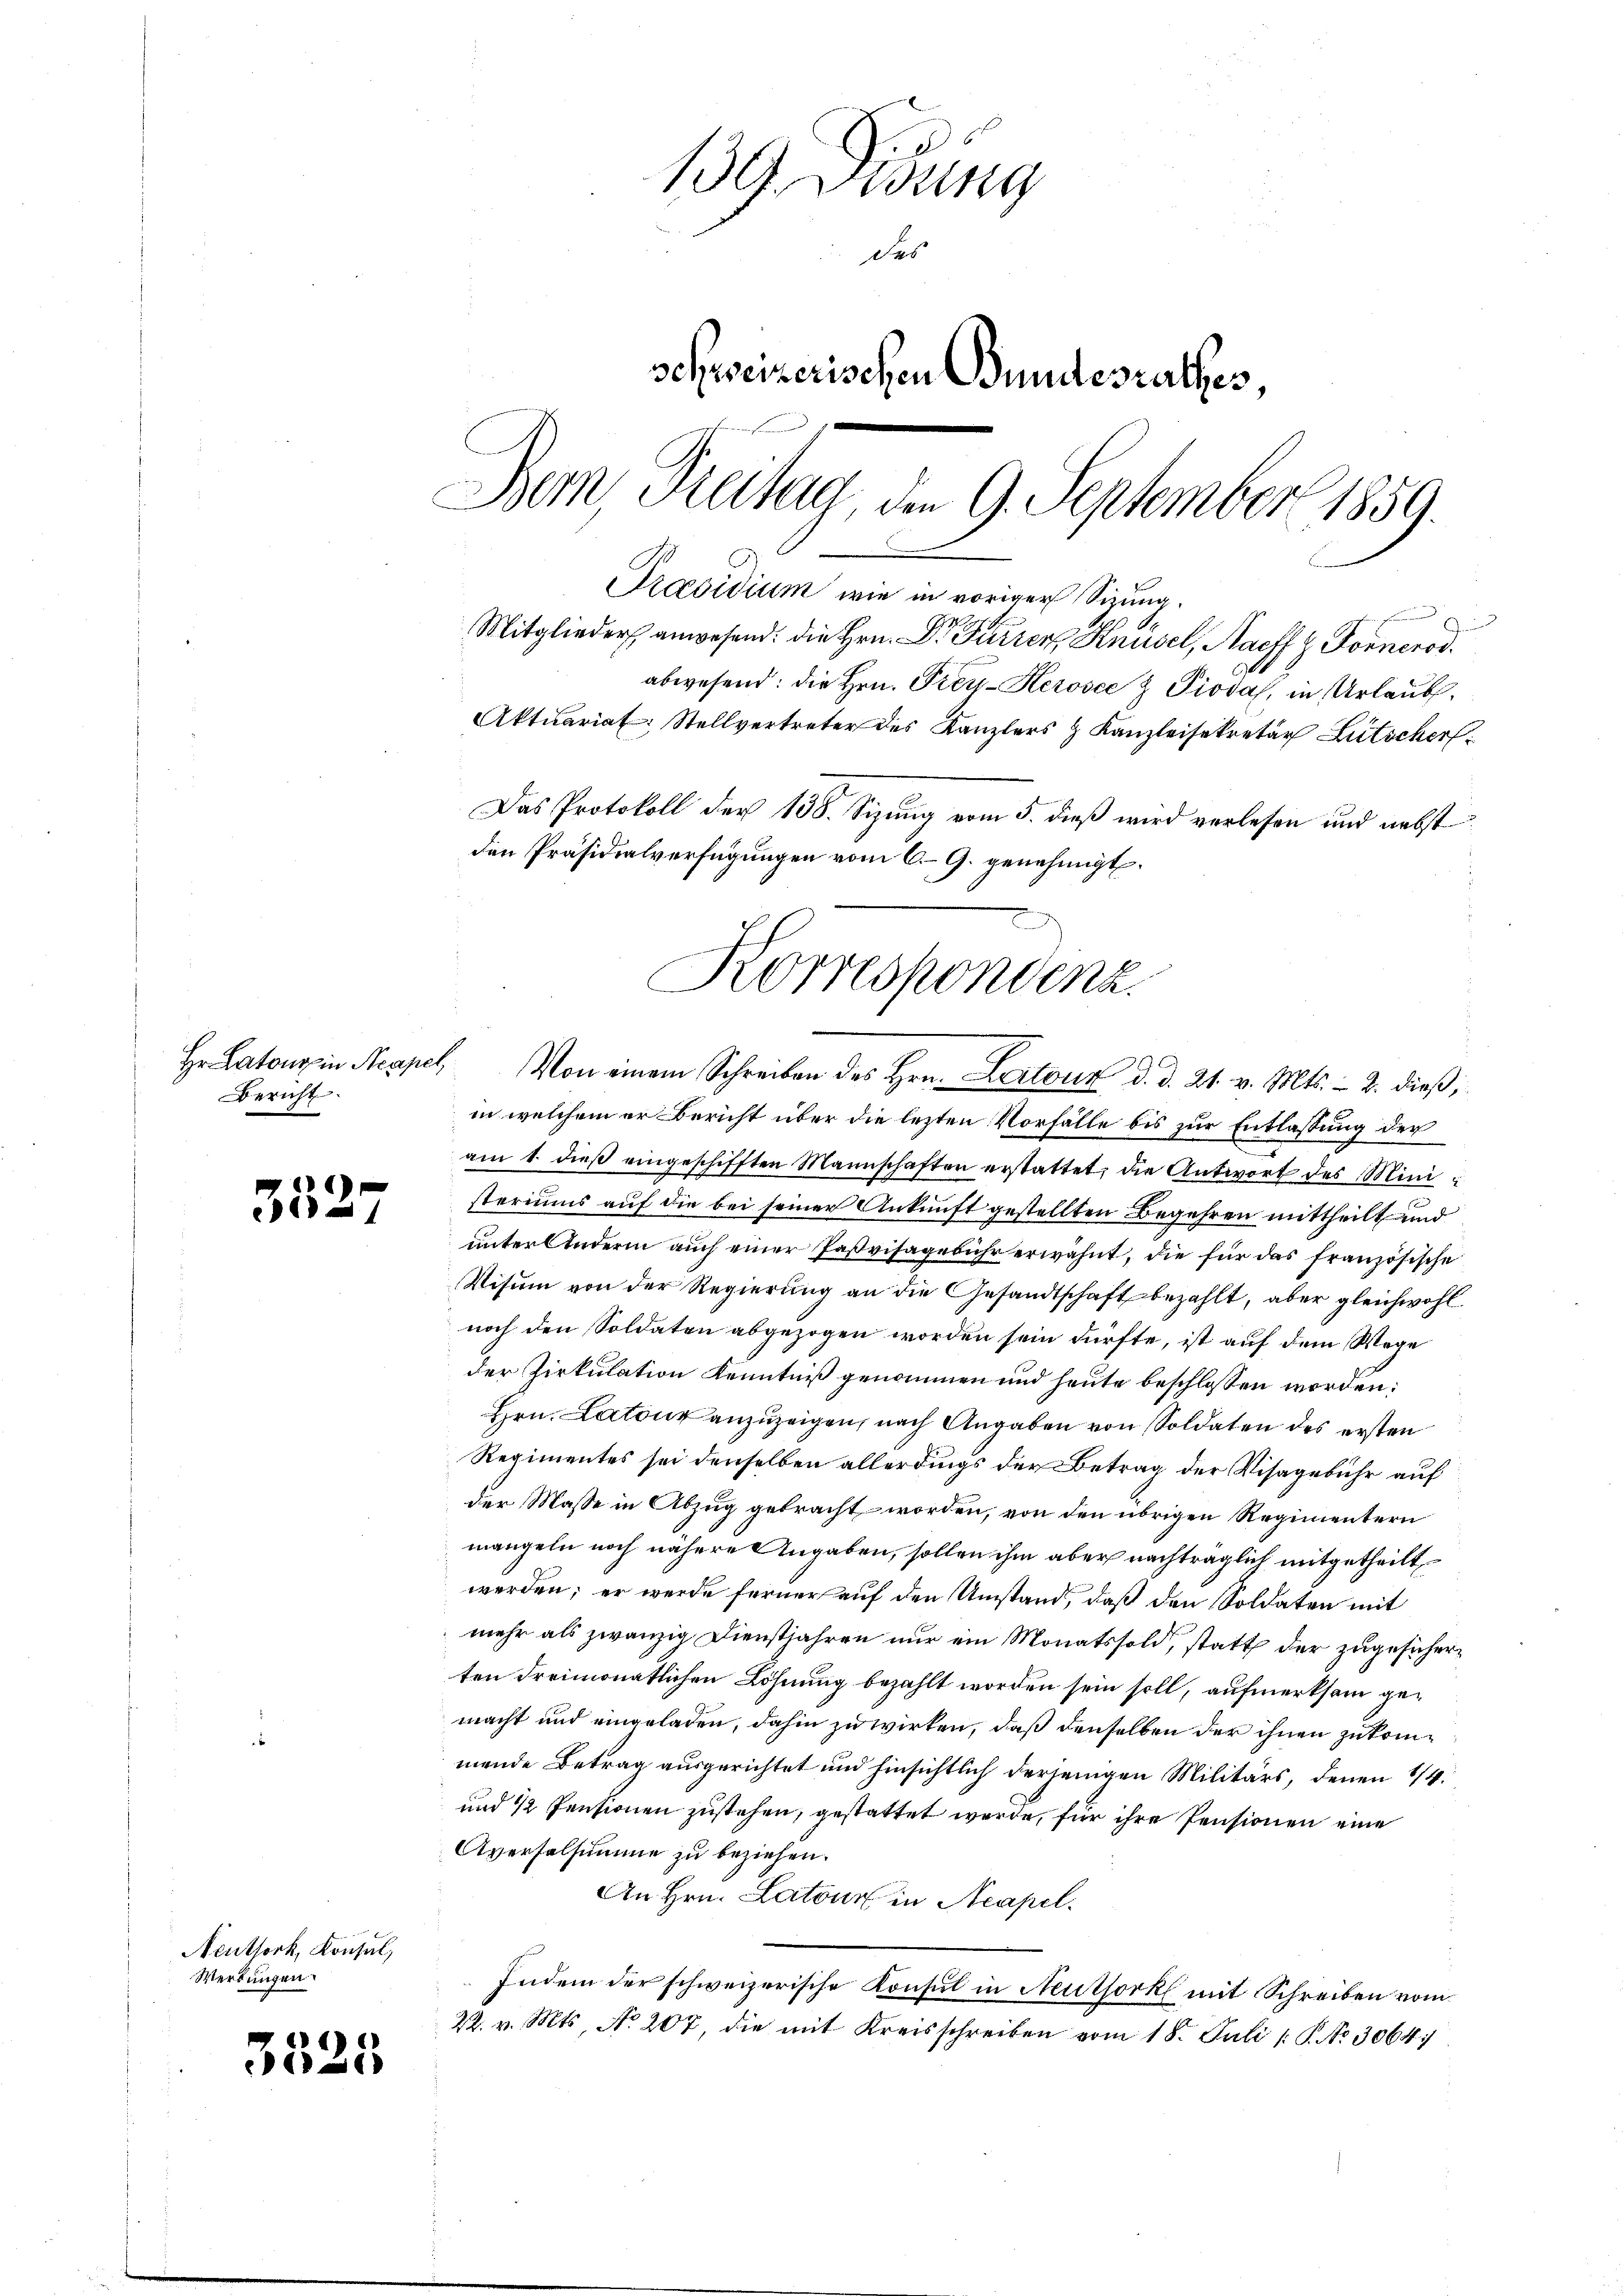
Hr. Latour in Neapel
Bericht.

35.

17

Neuthork, Konsul,
Werbungen.

3525

139. Didung
des
schweizerischen Bundesrathes,
Dem Treten, den 9. September 1859.
Praesidium wie in voriger Sitzung.
Mitglieder anwesend: die Hrn. Dr Furrer Knüsel, Nachf Z. Fornerod.
abwesend: die Hrn. Frey-Herosec Z Piova, in Urlaub¬
Aktuariat: Stellvertreter des Kanzlers & Kanzleisekretär Lütscher
Das Protokoll der 138. Sizung vom 5. dieß wird verlesen und nebst
den Präsidialverfügungen vom 6. G. genehmigt.

Korrespondenz.

Von einem Schreiben des Hrn. Lartouz d. d. 21. v. Mts. - 2. dieß,
in welchem er Bericht über die lezten Vorfälle bis zur Entlassung der
am 1. dieβ eingeschifften Mannschaften erstattet, die Antwort des Ministeriums auf die bei seiner Ankunft gestellten Begehren mittheilt und
unter Andern auch einer Paßvisagebühr erwähnt, die für das französische
Visum von der Regierung an die Gesandtschaft bezahlt, aber gleichwohl
noch den Soldaten abgezogen worden sein dürfte, ist auf dem Wege
der Zirkulation Kenntniß genommen und heute beschlossen worden:
Hrn. Latour anzuzeigen, nach Angaben von Soldaten des ersten
Regimentes sei denselben allerdings der Betrag der Visagebühr auf
der Masse in Abzug gebracht worden, von den übrigen Regimentern
mangeln noch nähere Angaben, sollen ihm aber nachträglich mitgetheilt
werden; er werde ferner auf den Umstand, daß den Soldaten mit
mehr als zwanzig Dienstjahren nur ein Monatssold, statt der zugesicherten dreimonatlichen Löhnung bezahlt worden sein soll, aufmerksam gemacht und eingeladen, dahin zu wirken, daß denselben der ihnen zukommende Betrag ausgerichtet und hinsichtlich derjenigen Militärs, denen 1/4.
und 12 Pensionen zustehen, gestattet werde, für ihre Pensionen eine
Averselsumme zu beziehen.
An Hrn. Latour in Neapel.
Indem der schweizerische Konsul in Neuthork mit Schreiben vom
22. v. Mts. No. 207, die mit Kreisschreiben vom 18. Juli /: P. No 3064: